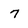
Character: 7